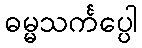
ဓမ္မသင်္ကပ္ပေါ